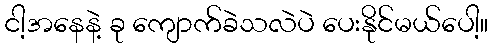
ငါ့အနေနဲ့ ခု ကျောက်ခဲသလဲပဲ ပေးနိုင်မယ်ပေါ့။